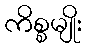
ကိစ္စမျိုး